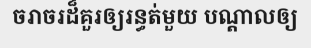
ចរាចរដ៏គួរឲ្យរន្ធត់មួយ បណ្តាលឲ្យ